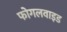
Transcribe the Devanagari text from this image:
फोगलवाइड